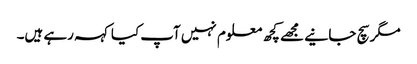
مگر سچ جانیے مجھے کچھ معلوم نہیں آپ کیا کہہ رہے ہیں۔